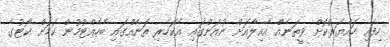
ހިފައި ހައްޔަރުކޮށް ވީތަނެއް އާއިލާއަށް ނުއަންގައި އެކަހެރި ތަނެއްގައި ބެހެއްޓުމުން ކަމަށް ކޯޓުގެ